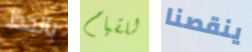
بالحظ للقيام ينقصنا